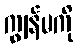
ကျွန်မကို